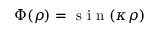
\Phi ( \rho ) = \mathrm { ~ s ~ i ~ n ~ } ( \kappa \rho )